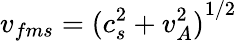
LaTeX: v_{fms}={(c_{s}^{2}+v_{A}^{2})}^{1/2}